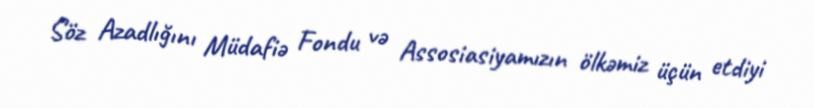
Söz Azadlığını Müdafiə Fondu və Assosiasiyamızın ölkəmiz üçün etdiyi